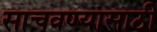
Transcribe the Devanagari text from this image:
साचवण्यासाठी